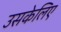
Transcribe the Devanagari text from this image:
उसकेलिए